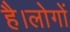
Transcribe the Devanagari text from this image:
है।लोगों